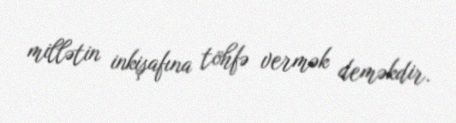
millətin inkişafına töhfə vermək deməkdir.